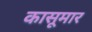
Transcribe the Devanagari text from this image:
कासूमार